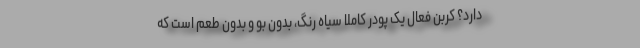
دارد؟ کربن فعال یک پودر کاملاً سیاه رنگ، بدون بو و بدون طعم است که